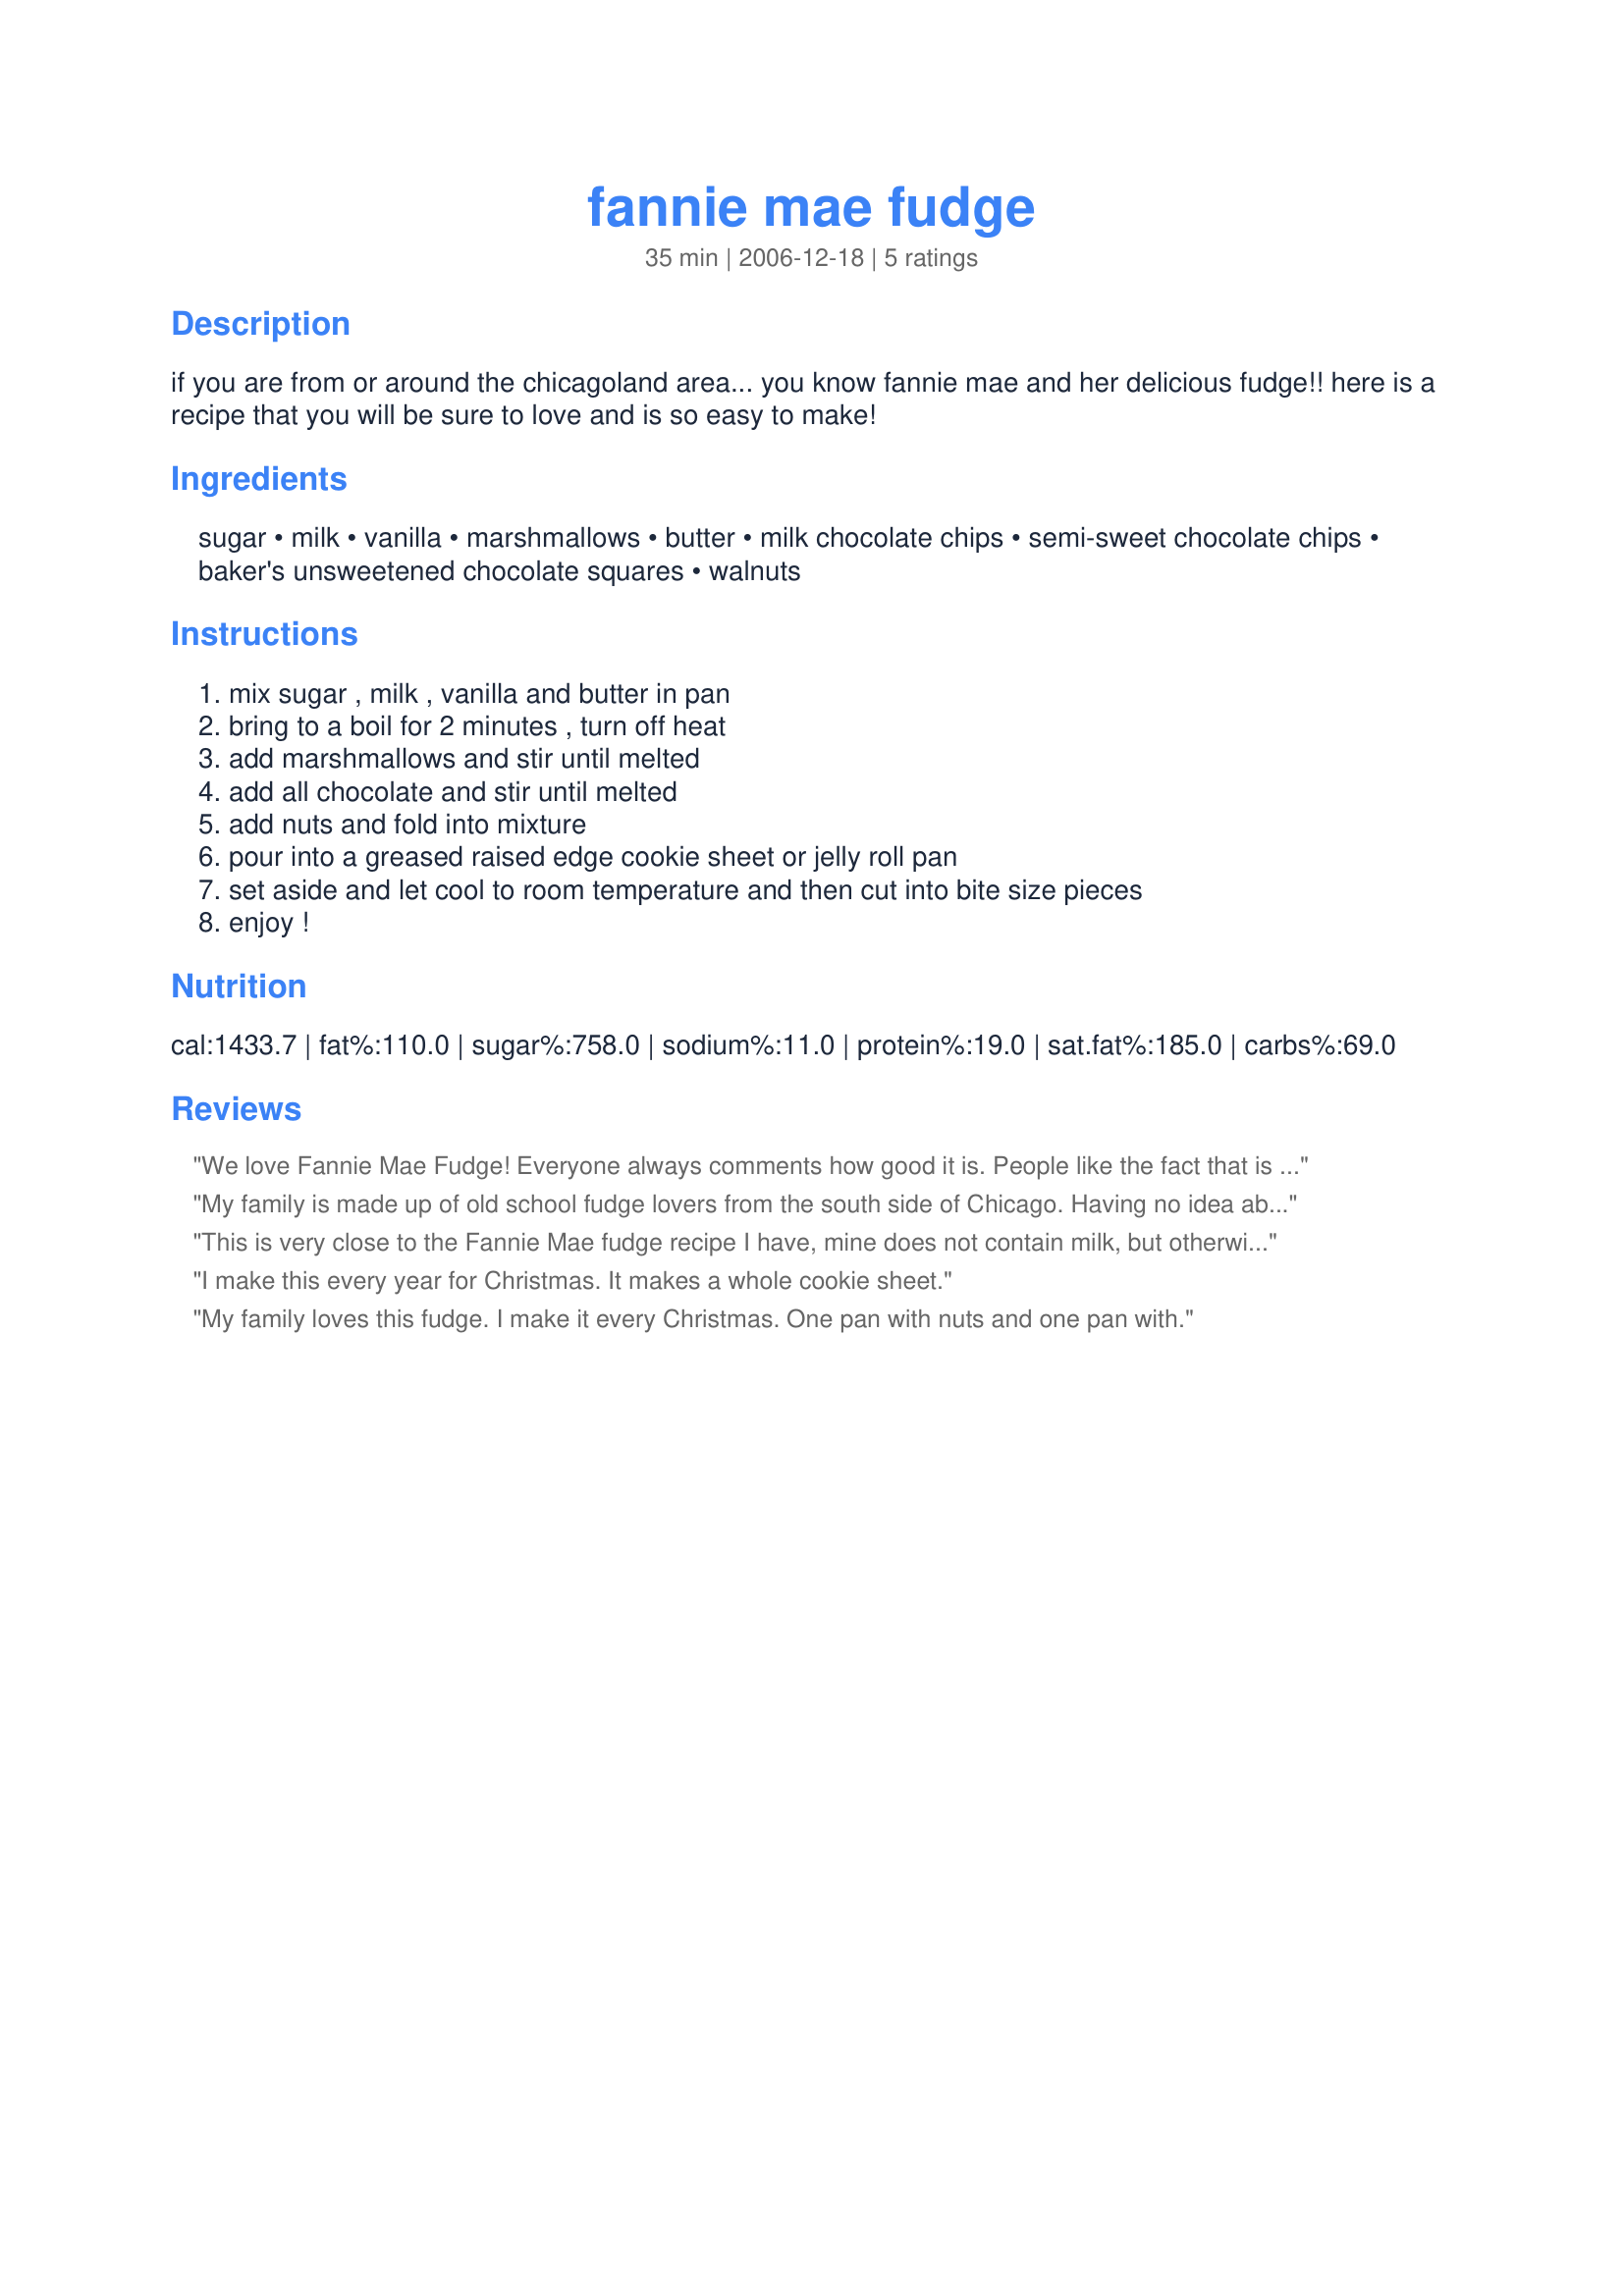
fannie mae fudge
Preparation time: 35 minutes

if you are from or around the chicagoland area... you know fannie mae and her delicious fudge!! here is a recipe that you will be sure to love and is so easy to make!

Ingredients:
sugar, milk, vanilla, marshmallows, butter, milk chocolate chips, semi-sweet chocolate chips, baker's unsweetened chocolate squares, walnuts

Steps:
mix sugar , milk , vanilla and butter in pan, bring to a boil for 2 minutes , turn off heat, add marshmallows and stir until melted, add all chocolate and stir until melted, add nuts and fold into mixture, pour into a greased raised edge cookie sheet or jelly roll pan, set aside and let cool to room temperature and then cut into bite size pieces, enjoy !

Reviews:
We love Fannie Mae Fudge! Everyone always comments how good it is. People like the fact that is doesn't taste "sugary" sweet. I like to use the mini marshmallows instead of the large ones. The minis melt quicker.<br/> One year I tried to be calorie aware and used fat free milk....never again!! The fudge didn't turn out at all. Another year I added the ingredients in a different order...just to see if it would matter. It does, and I have never done it again.
My family is made up of old school fudge lovers from the south side of Chicago. Having no idea about fudge myself I was surprised when a coworker brought some of this fudge to the office for the holidays. It was wonderfully moist and melted in your mouth, unlike many dry and crumbly fudges I'd had in the past. It might be the marshmallows that make it so gooey and delightful. It was fun and easy to make. Cooked everything on medium heat and poured into a large pan when done. (we opted for no nuts--easy to make).
This is very close to the Fannie Mae fudge recipe I have, mine does not contain milk, but otherwise is very close. It is the most wonderful fudge ever and I have never had a batch that did not turn out perfect!!! Thanks for posting!!
I make this every year for Christmas. It makes a whole cookie sheet.
My family loves this fudge. I make it every Christmas. One pan with nuts and one pan with.
